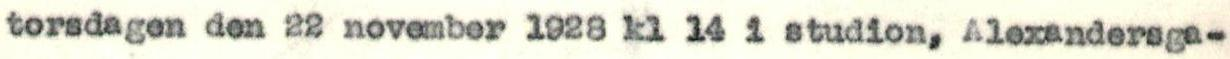
torsdagen den 22 november 1928 kl 14 i studion, Alexandersga-